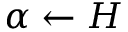
\alpha \leftarrow H